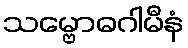
သမ္ဗောဓဂါမီနံ